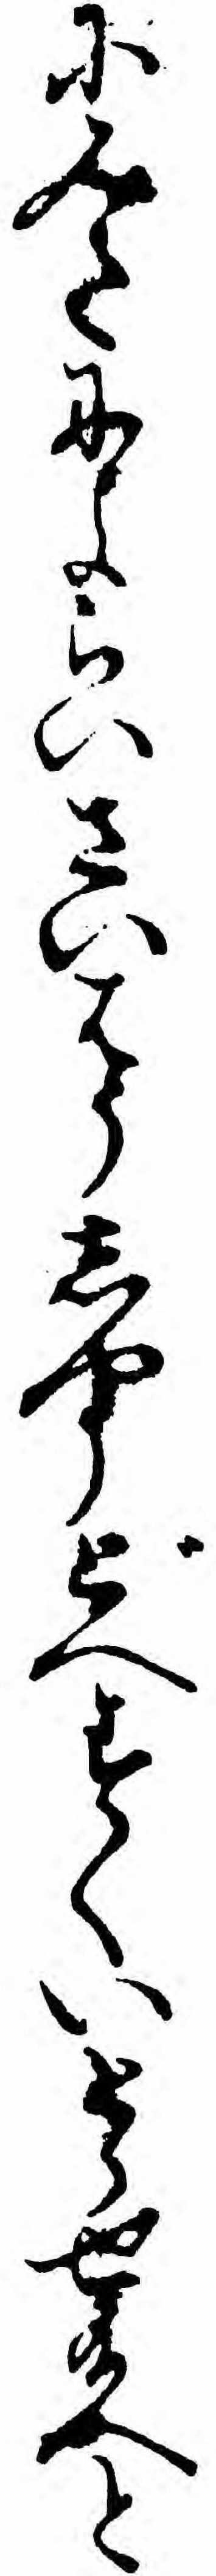
にみたによらいさいはうしやうどへすくいとらせ給へと